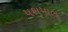
યશપાલ